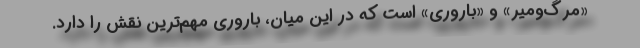
«مرگ‌ومیر» و «باروری» است که در این میان، باروری مهم‌ترین نقش را دارد.